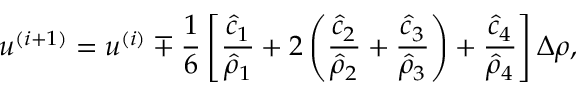
u ^ { ( i + 1 ) } = u ^ { ( i ) } \mp \frac { 1 } { 6 } \left[ \frac { \hat { c } _ { 1 } } { \hat { \rho } _ { 1 } } + 2 \left( \frac { \hat { c } _ { 2 } } { \hat { \rho } _ { 2 } } + \frac { \hat { c } _ { 3 } } { \hat { \rho } _ { 3 } } \right) + \frac { \hat { c } _ { 4 } } { \hat { \rho } _ { 4 } } \right] \Delta \rho ,